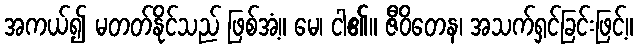
အကယ်၍ မတတ်နိုင်သည် ဖြစ်အံ့။ မေ၊ ငါ၏။ ဇီဝိတေန၊ အသက်ရှင်ခြင်းဖြင့်။